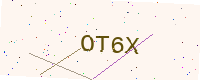
Text: OT6X